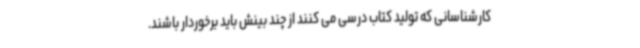
کارشناسانی که تولید کتاب درسی می کنند از چند بینش باید برخوردار باشند.